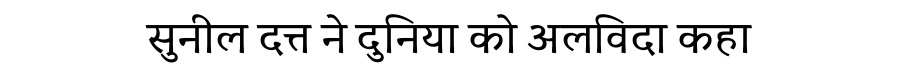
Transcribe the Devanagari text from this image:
सुनील दत्त ने दुनिया को अलविदा कहा